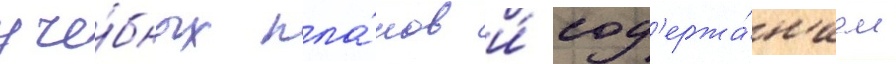
уче́бных пла́нов и́ сод'ержа́н'ием